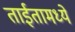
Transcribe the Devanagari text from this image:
ताईतामध्ये